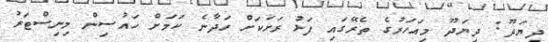
ދިޔަދޫ: ދިޔަދޫ މިއަހަރުގެ ތެރޭގައި ފަޅު ރަށަކަށް ހަދާނެ ކަމަށް ހައުސިން މިނިސްޓަރު